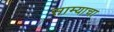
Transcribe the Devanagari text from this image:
साम्याचा